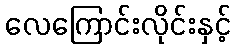
လေကြောင်းလိုင်းနှင့်